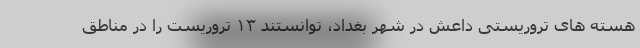
هسته های تروریستی داعش در شهر بغداد، توانستند ۱۳ تروریست را در مناطق